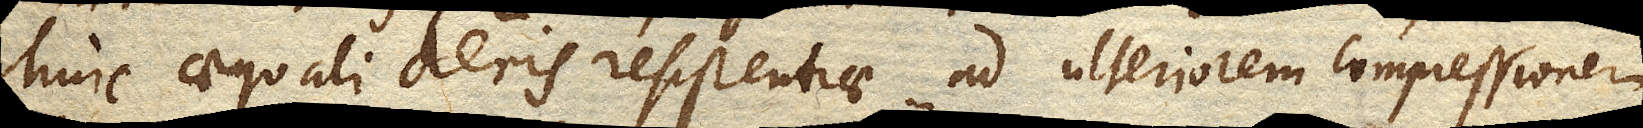
huic aequali aeris resistentiae ad ulteriorem compressionem